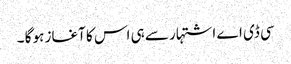
سی ڈی اے اشتہار سے ہی اس کا آغاز ہو گا ۔